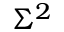
\Sigma ^ { 2 }